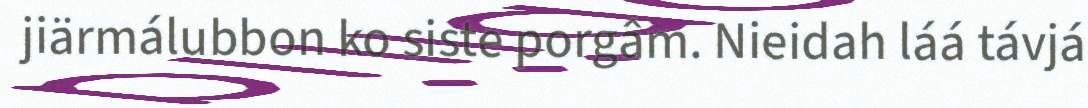
jiärmálubbon ko siste porgâm. Nieidah láá távjá